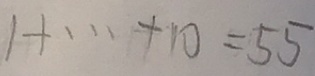
1 + \cdots + 1 0 = 5 5